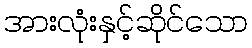
အားလုံးနှင့်ဆိုင်သော